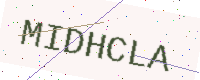
Text: MIDHCLA